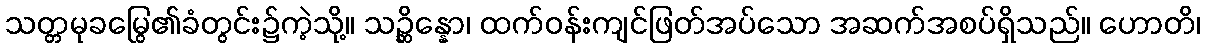
သတ္တမုခမြွေ၏ခံတွင်း၌ကဲ့သို့။ သဉ္ဆိန္နော၊ ထက်ဝန်းကျင်ဖြတ်အပ်သော အဆက်အစပ်ရှိသည်။ ဟောတိ၊